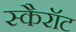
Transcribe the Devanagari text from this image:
स्कैरॉट